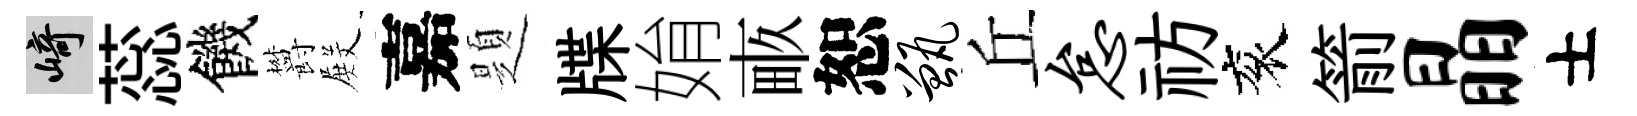
崎蕊饑欝𭮺嘉題牒姢畞恕甑丘怠祊衮箭晶士